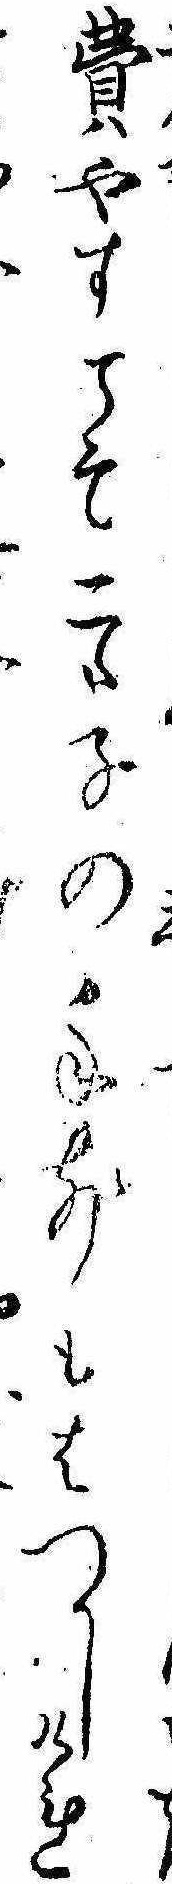
費やすこそ二つ子の手前もはつかしけれ